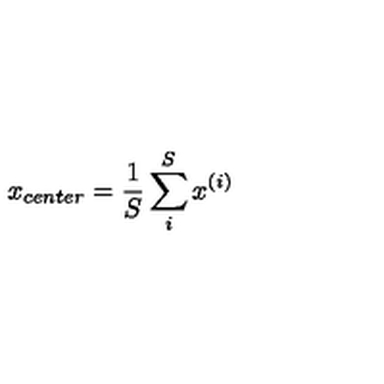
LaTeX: x _ { c e n t e r } = \frac 1 S \sum _ { i } ^ { S } x ^ { ( i ) }